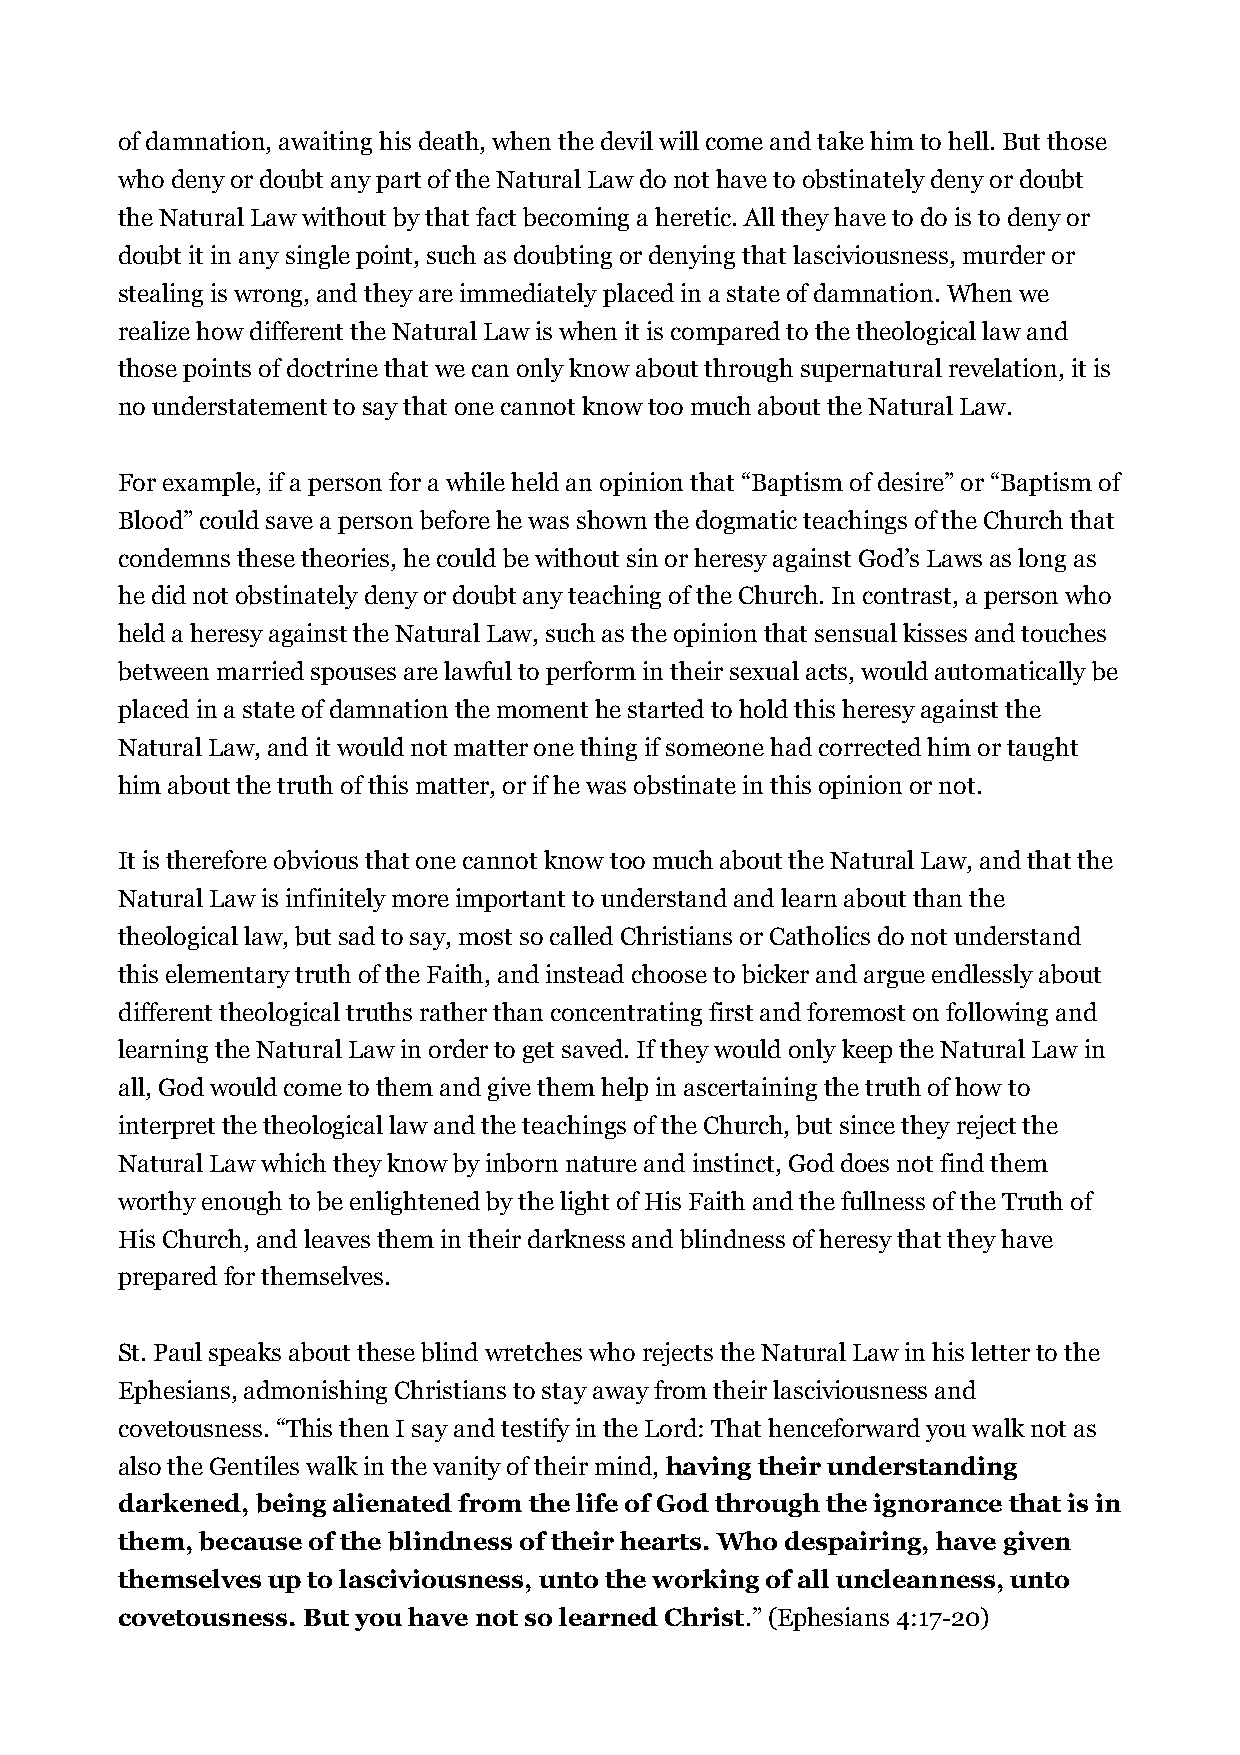
of damnation, awaiting his death, when the devil will come and take him to hell. But those
 who deny or doubt any part of the Natural Law do not have to obstinately deny or doubt
 the Natural Law without by that fact becoming a heretic. All they have to do is to deny or
 doubt it in any single point, such as doubting or denying that lasciviousness, murder or
 stealing is wrong, and they are immediately placed in a state of damnation. When we
 realize how different the Natural Law is when it is compared to the theological law and
 those points of doctrine that we can only know about through supernatural revelation, it is
 no understatement to say that one cannot know too much about the Natural Law.
 For example, if a person for a while held an opinion that “Baptism of desire” or “Baptism of
 Blood” could save a person before he was shown the dogmatic teachings of the Church that
 condemns these theories, he could be without sin or heresy against God’s Laws as long as
 he did not obstinately deny or doubt any teaching of the Church. In contrast, a person who
 held a heresy against the Natural Law, such as the opinion that sensual kisses and touches
 between married spouses are lawful to perform in their sexual acts, would automatically be
 placed in a state of damnation the moment he started to hold this heresy against the
 Natural Law, and it would not matter one thing if someone had corrected him or taught
 him about the truth of this matter, or if he was obstinate in this opinion or not.
 It is therefore obvious that one cannot know too much about the Natural Law, and that the
 Natural Law is infinitely more important to understand and learn about than the
 theological law, but sad to say, most so called Christians or Catholics do not understand
 this elementary truth of the Faith, and instead choose to bicker and argue endlessly about
 different theological truths rather than concentrating first and foremost on following and
 learning the Natural Law in order to get saved. If they would only keep the Natural Law in
 all, God would come to them and give them help in ascertaining the truth of how to
 interpret the theological law and the teachings of the Church, but since they reject the
 Natural Law which they know by inborn nature and instinct, God does not find them
 worthy enough to be enlightened by the light of His Faith and the fullness of the Truth of
 His Church, and leaves them in their darkness and blindness of heresy that they have
 prepared for themselves.
 St. Paul speaks about these blind wretches who rejects the Natural Law in his letter to the
 Ephesians, admonishing Christians to stay away from their lasciviousness and
 covetousness. “This then I say and testify in the Lord: That henceforward you walk not as
 also the Gentiles walk in the vanity of their mind, having their understanding
 darkened, being alienated from the life of God through the ignorance that is in
 them, because of the blindness of their hearts. Who despairing, have given
 themselves up to lasciviousness, unto the working of all uncleanness, unto
 covetousness. But you have not so learned Christ.” (Ephesians 4:17-20)